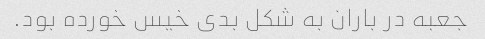
جعبه در باران به شکل بدی خیس خورده بود.